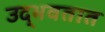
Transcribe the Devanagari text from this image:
उद्‍भवतात